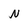
Character: N